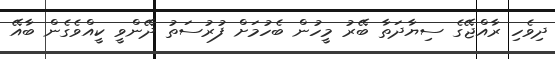
ދިވެހި ރާއްޖޭގެ ސިޔާދަތާ ބޭރު މީހުން ބެހުމަށް ފުރުސަތު ދޭންވީ ކީއްވެގެން ބާއޭ